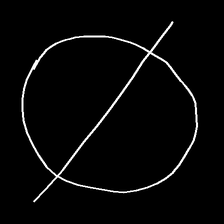
Glyph: orb